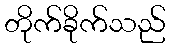
တိုက်ခိုက်သည်